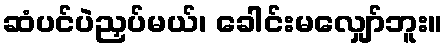
ဆံပင်ပဲညှပ်မယ်၊ ခေါင်းမလျှော်ဘူး။